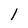
Character: l